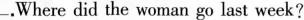
_.Where did the woman go last week?